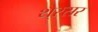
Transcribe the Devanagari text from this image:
थै्रसर